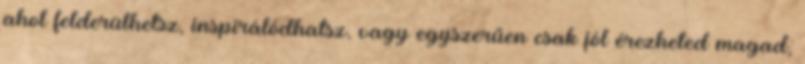
ahol felderülhetsz, inspirálódhatsz, vagy egyszerűen csak jól érezheted magad,